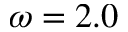
\omega = 2 . 0